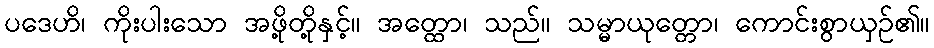
ပဒေဟိ၊ ကိုးပါးသော အဖို့တို့နှင့်။ အတ္ထော၊ သည်။ သမ္မာယုတ္တော၊ ကောင်းစွာယှဉ်၏။